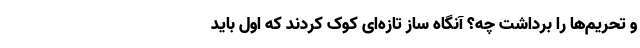
و تحریم‌ها را برداشت چه؟ آنگاه سازِ تازه‌ای کوک کردند که اول باید